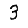
Digit: 3